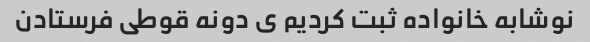
نوشابه خانواده ثبت کردیم ی دونه قوطی فرستادن